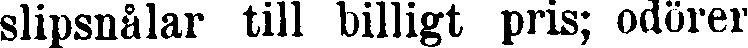
slipsnålar till billigt pris; odörer